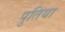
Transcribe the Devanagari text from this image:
पुतिया